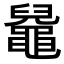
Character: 𪓬